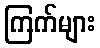
ကြက်များ